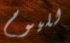
لليوم